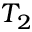
T _ { 2 }